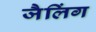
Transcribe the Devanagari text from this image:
जैलिंग